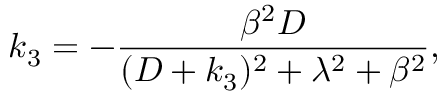
k _ { 3 } = - \frac { \beta ^ { 2 } D } { ( D + k _ { 3 } ) ^ { 2 } + \lambda ^ { 2 } + \beta ^ { 2 } } ,